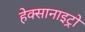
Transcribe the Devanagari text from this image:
हेक्सानाइट्रो